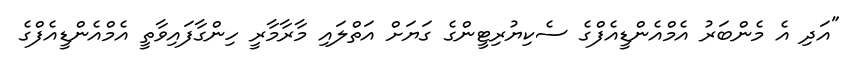
"އަދި އެ މެންބަރު އެމްއެންޑީއެފްގެ ސެކިޔުރިޓީންގެ ގަޔަށް އަތްލައި މާރާމާރީ ހިންގާފައިވާތީ އެމްއެންޑީއެފްގެ